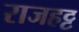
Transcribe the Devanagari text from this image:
राजहट्ट